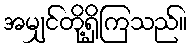
အမျှင်တို့ရှိကြသည်။